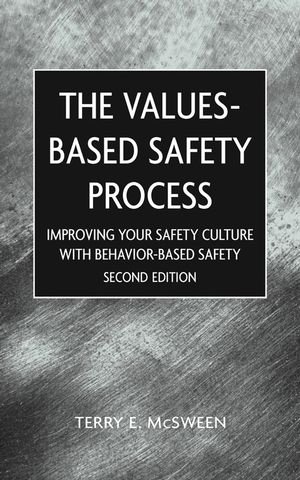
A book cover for The Values-Based Safety Process: Improving Your Safety Culture with Behavior-Based Safety; Terry E. McSween; Business & Money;